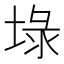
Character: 𡍖